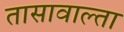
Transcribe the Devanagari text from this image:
तासावाल्ता